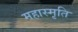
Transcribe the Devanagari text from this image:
महास्मृति